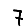
Digit: 7